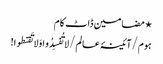
⋆ مضامین ڈاٹ کام
ہوم/آئینۂ عالم/لا تُفسِدُو ا وَلا تَقنطوا!